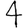
Digit: 4